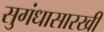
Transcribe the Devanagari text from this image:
सुगंधासारखी